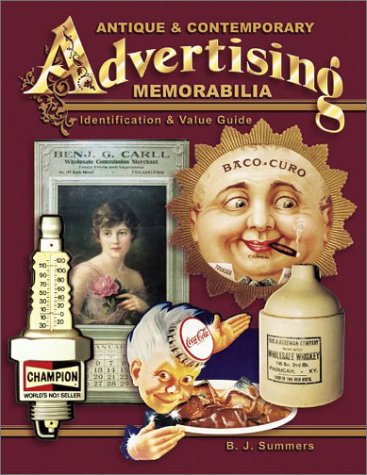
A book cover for Antique & Contemporary Advertising Memorabilia: Identification & Value Guide (Antique and Contemporary Advertising Memorabilia); B. J. Summers; Crafts, Hobbies & Home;